Lunatic asylums Madras 1877-1891 - 1877-1891
Year: 1877
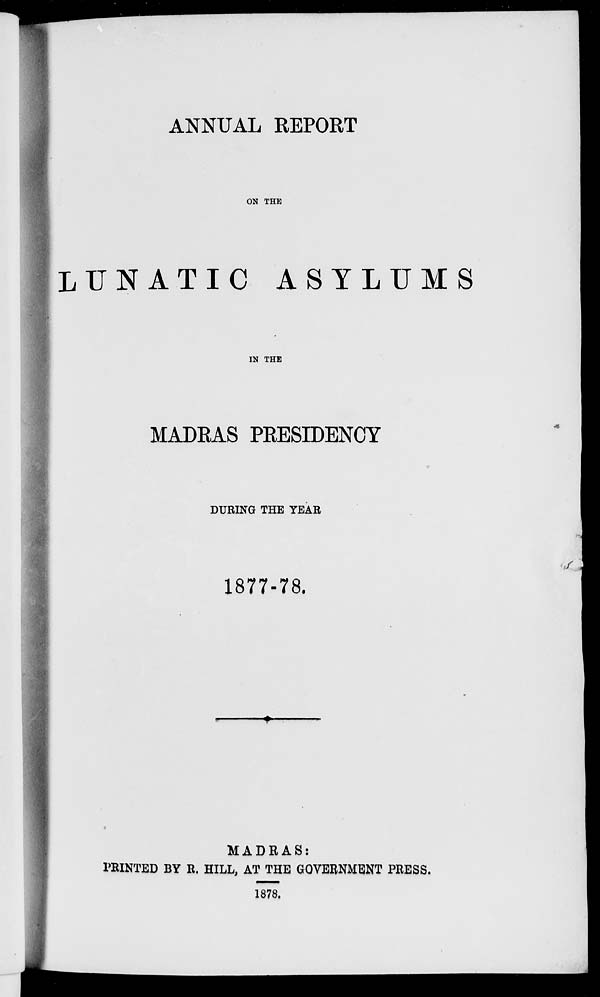
ANNUAL REPORT
ON THE
LUNATIC ASYLUMS
IN THE
MADRAS PRESIDENCY
DURING THE YEAR
1877-78.
MADRAS:
PRINTED BY R. HILL, AT THE GOVERNMENT PRESS.
1878.